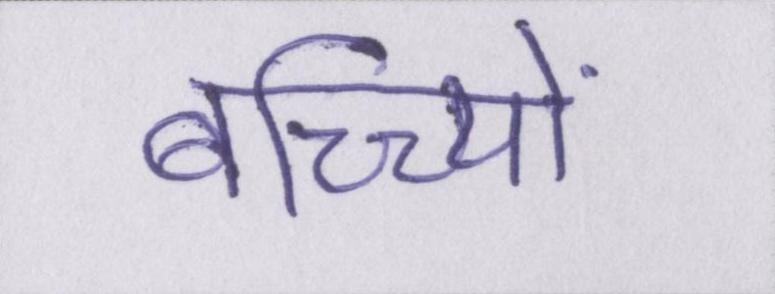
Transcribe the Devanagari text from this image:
बच्च्यिों